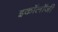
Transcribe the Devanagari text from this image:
इकाॅलाॅजी